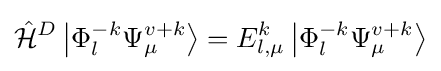
{\hat {\mathcal {H}}}^{D}\left|\Phi _{l}^{-k}\Psi _{\mu }^{v+k}\right\rangle =E_{l,\mu }^{k}\left|\Phi _{l}^{-k}\Psi _{\mu }^{v+k}\right\rangle